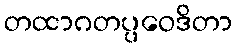
တထာဂတပ္ပဝေဒိတာ